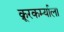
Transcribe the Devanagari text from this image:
क्रूरकर्म्याला